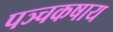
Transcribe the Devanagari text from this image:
पञ्चकषाय